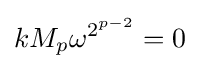
kM_{p}\omega ^{2^{p-2}}=0